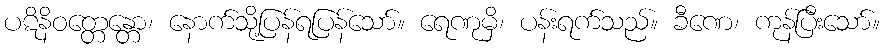
ပဋိနိဝတ္တေန္တော၊ နောက်သို့ပြန်ရပြန်သော်။ ရေဏုမှိ၊ ပန်းရက်သည်။ ခီဏေ၊ ကုန်ပြီးသော်။